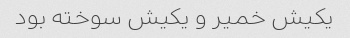
یکیش خمیر و یکیش سوخته بود